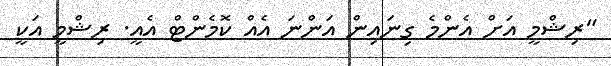
"ރިޝްމީ އަށް އެންމެ ގިނައިން އަންނަ އެއް ކޮމެންޓް އެއީ. ރިޝްމީ އަކީ